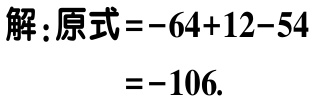
解：原式\(=-64 + 12 - 54\)
\(=-106\).